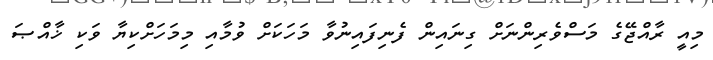
މިއީ ރާއްޖޭގެ މަސްވެރިންނަށް ގިނައިން ފެނިފައިނުވާ މަހަކަށް ވުމާއި މިމަހަށްކިޔާ ވަކި ޚާއްޞަ